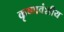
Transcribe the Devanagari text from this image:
कृष्णवंशीय